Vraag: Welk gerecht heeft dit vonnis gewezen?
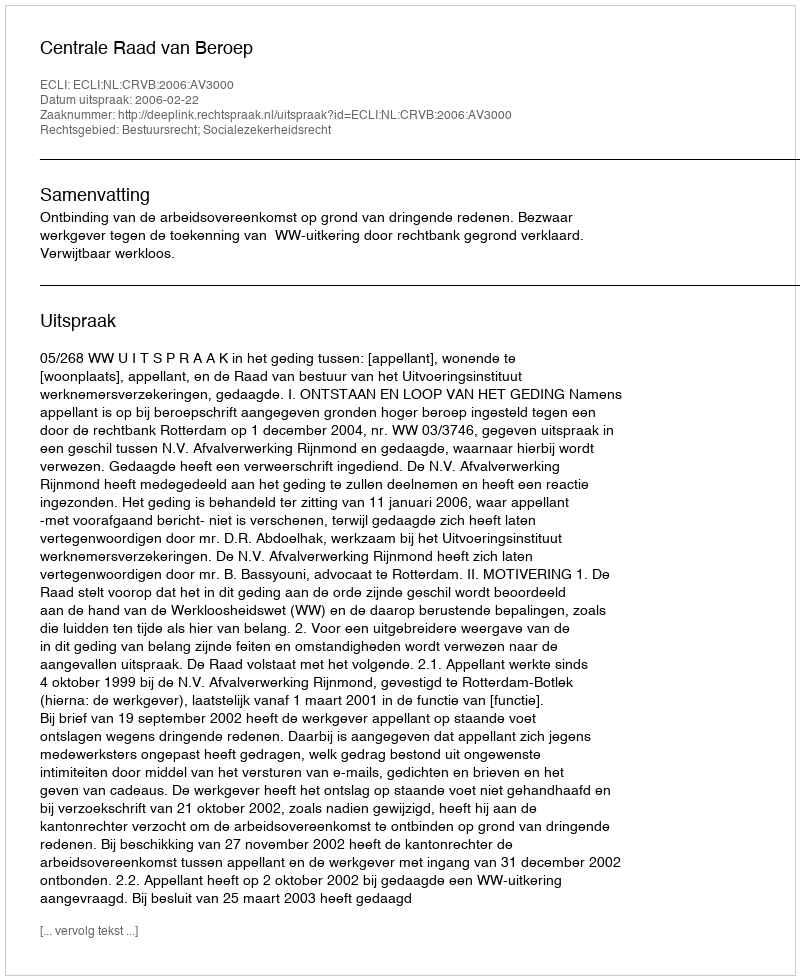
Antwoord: Centrale Raad van Beroep